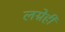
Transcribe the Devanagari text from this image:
लग्नेही